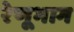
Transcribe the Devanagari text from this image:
रेणूभाग